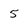
Character: 5